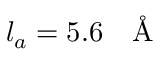
l _ { a } = 5 . 6 \textup { ~ \AA }